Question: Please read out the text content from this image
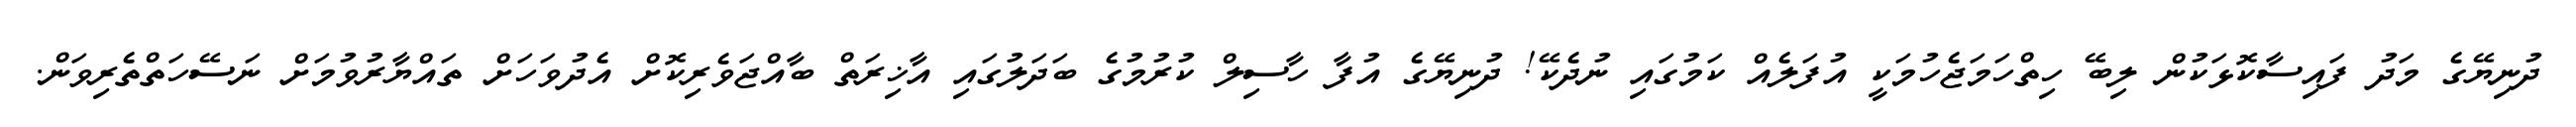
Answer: ދުނިޔޭގެ މަދު ފައިސާކޮޅަކުން ލިބޭ ހިތްހަމަޖެހުމަކީ އުފަލެއް ކަމުގައި ނުދެކޭ! ދުނިޔޭގެ އުފާ ހާސިލް ކުރުމުގެ ބަދަލުގައި އާޚިރަތް ބާއްޖަވެރިކޮށް އެދުވަހަށް ތައްޔާރުވުމަށް ނަސޭހަތްތެރިވަން.